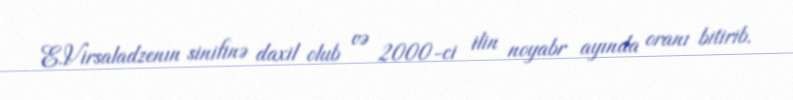
E.Virsaladzenın sinifinə daxil olub və 2000-ci ilin noyabr ayında oranı bitirib.